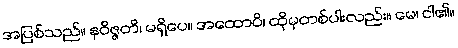
အပြစ်သည်။ နဝိဇ္ဇတိ၊ မရှိပေ။ အထောပိ၊ ထိုမှတစ်ပါးလည်း။ မေ၊ ငါ၏။